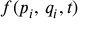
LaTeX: f ( p _ { i } , \, q _ { i } , t )